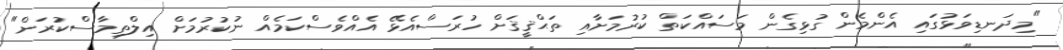
"މިދަނޑިވަޅުގައި އެންމެން ގުޅިގެން މަސައްކަތް ކުރުމަށާއި ތަޙްޤީޤަށް ހުރަސްއެޅޭ އެއްވެސްކަމެއް ނުކުރުމަށް އިލްތިމާސްކުރަން"